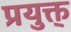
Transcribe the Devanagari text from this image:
प्रयुक्त्